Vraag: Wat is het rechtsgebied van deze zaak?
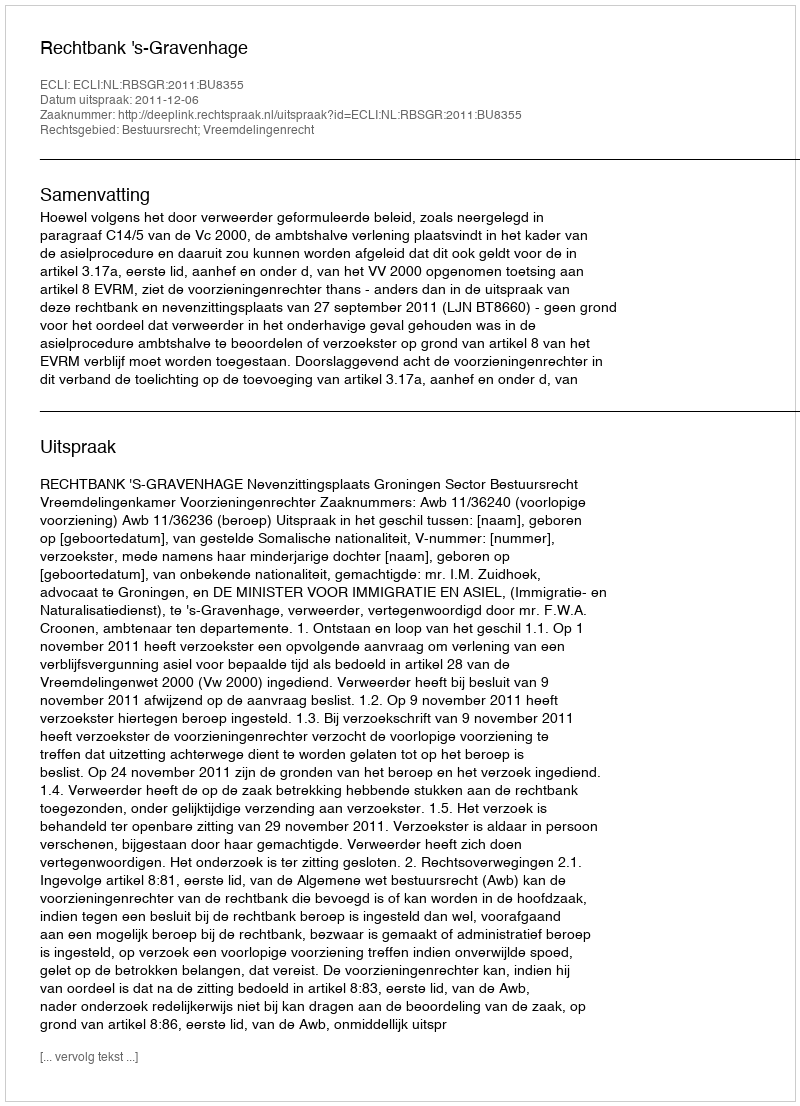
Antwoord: Bestuursrecht; Vreemdelingenrecht